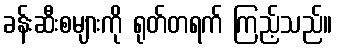
ခန်းဆီးစများကို ရုတ်တရက် ကြည့်သည်။